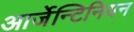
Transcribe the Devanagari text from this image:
आर्जेन्टिनियन